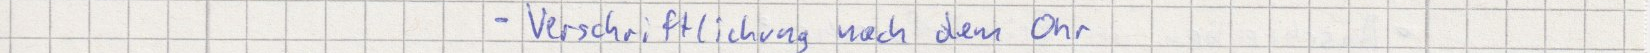
- Verschriftlichung nach dem Ohr